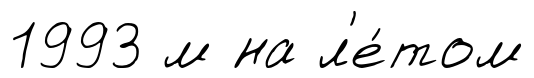
1993 м на л'е́том